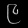
Digit: ၉